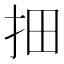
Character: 𱟱